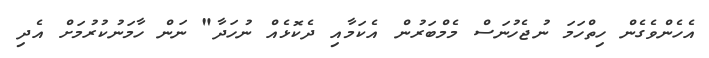
އެހެންވެގެން ހިތްހަމަ ނުޖެހުނަސް މެމްބަރުން އެކަމާއި ދެކޮޅެއް ނުހަދާ" ނަން ހާމަނުކުރުމަށް އެދި